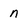
Character: n